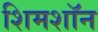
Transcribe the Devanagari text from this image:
शिमशॉन